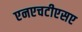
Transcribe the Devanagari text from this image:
एनएचटीएसए